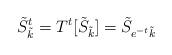
LaTeX: \begin{align*}\tilde S^t_{\tilde{k}}=T^t[\tilde S_{\tilde{k}}] = \tilde S_{e^{-t}\tilde{k}}\end{align*}